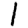
Digit: 1